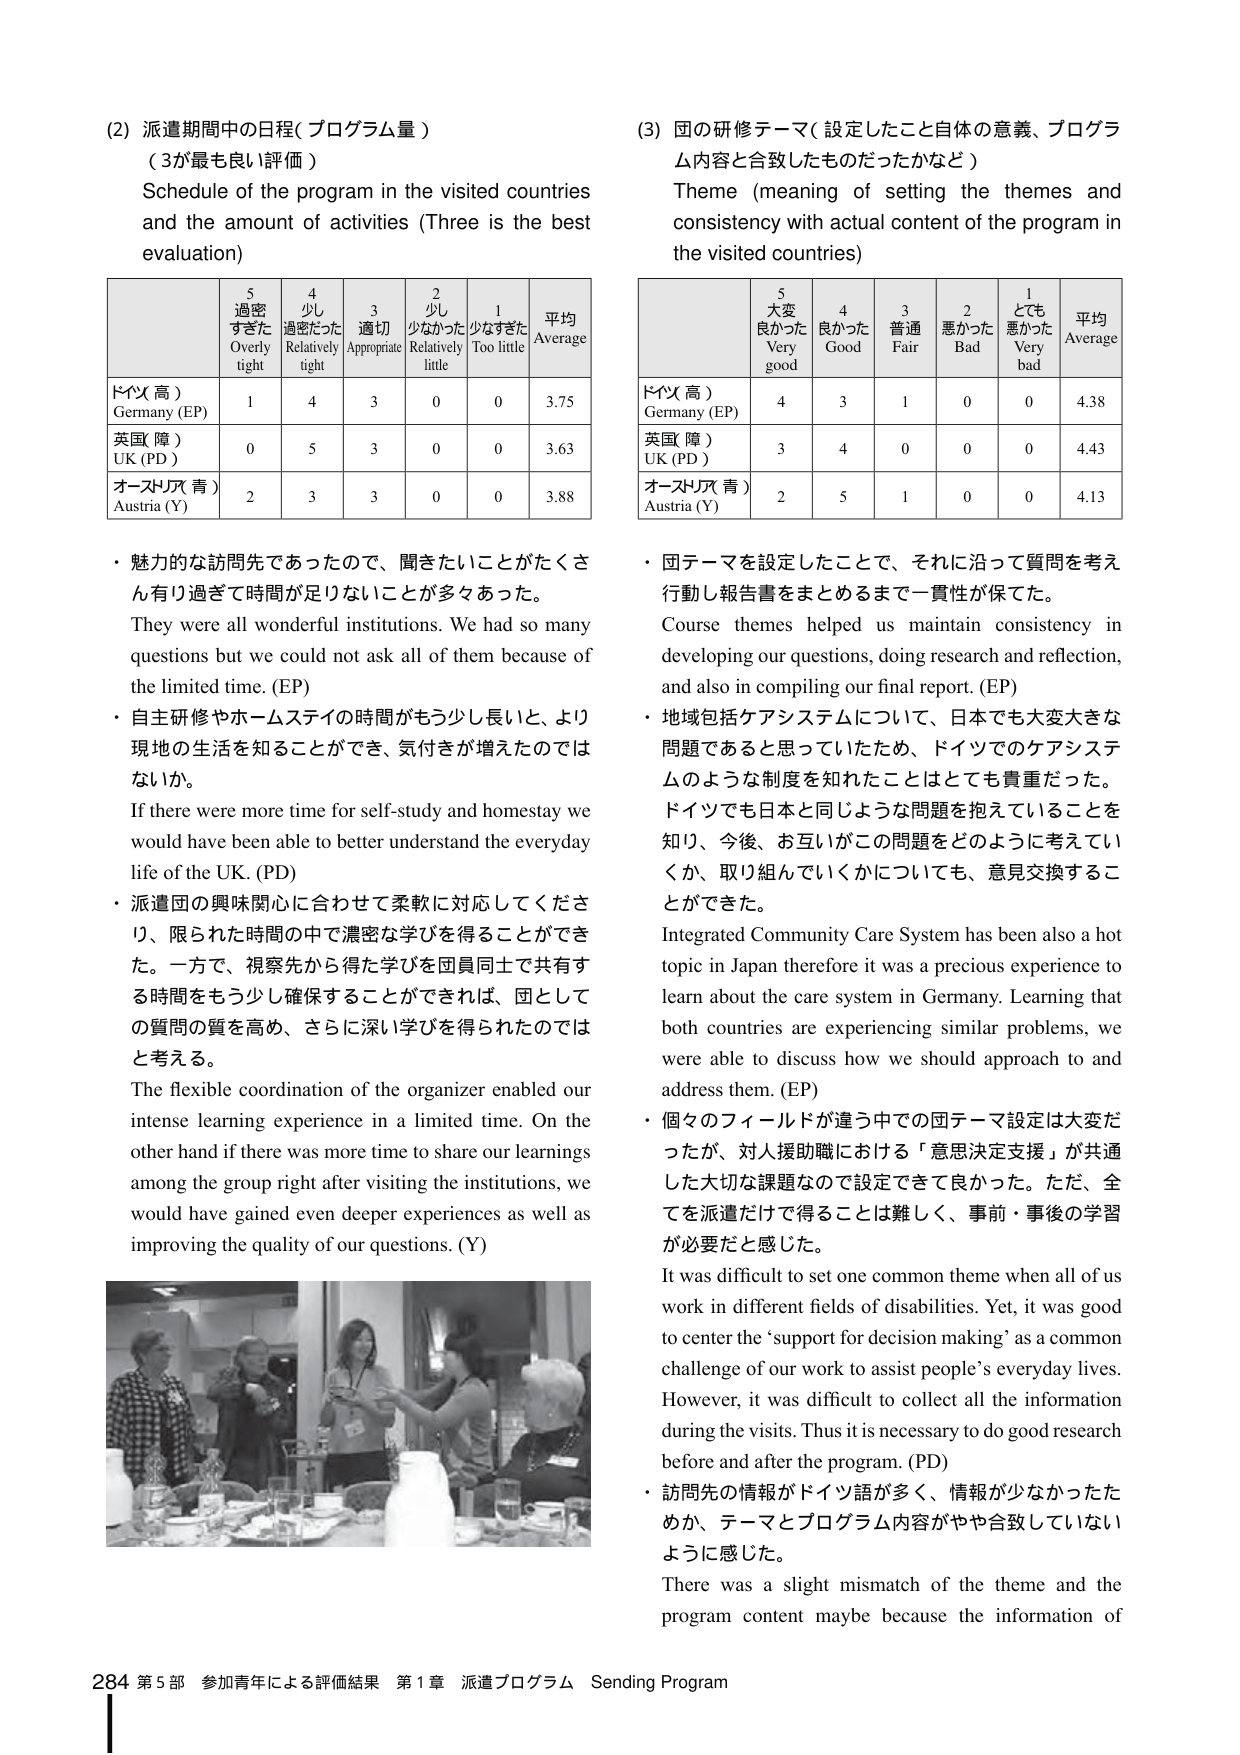
(2) 派遣期間中の日程（プログラム量）
（3が最も良い評価）
Schedule of the program in the visited countries and the amount of activities (Three is the best evaluation)

| | 5 過密すぎた Overly tight | 4 少し過密だった Relatively tight | 3 適切 Appropriate | 2 少なかった Relatively little | 1 少なすぎた Too little | 平均 Average |
|---|---|---|---|---|---|---|
| ドイツ（高） Germany (EP) | 1 | 4 | 3 | 0 | 0 | 3.75 |
| 英国（障） UK (PD) | 0 | 5 | 3 | 0 | 0 | 3.63 |
| オーストリア（青） Austria (Y) | 2 | 3 | 3 | 0 | 0 | 3.88 |

・魅力的な訪問先であったので、聞きたいことがたくさん有り過ぎて時間が足りないことが多々あった。
They were all wonderful institutions. We had so many questions but we could not ask all of them because of the limited time. (EP)

・自主研修やホームステイの時間がもう少し長いと、より現地の生活を知ることができ、気付きが増えたのではないか。
If there were more time for self-study and homestay we would have been able to better understand the everyday life of the UK. (PD)

・派遣団の興味関心に合わせて柔軟に対応してくださり、限られた時間の中で濃密な学びを得ることができた。一方で、視察先から得た学びを団員同士で共有する時間をもう少し確保することができれば、団としての質問の質を高め、さらに深い学びを得られたのではないかと考える。
The flexible coordination of the organizer enabled our intense learning experience in a limited time. On the other hand if there was more time to share our learnings among the group right after visiting the institutions, we would have gained even deeper experiences as well as improving the quality of our questions. (Y)

(3) 国の研修テーマ（設定したこと自体の意義、プログラム内容と合致したものだったかなど）
Theme (meaning of setting the themes and consistency with actual content of the program in the visited countries)

| | 5 大変良かった Very good | 4 良かった Good | 3 普通 Fair | 2 悪かった Bad | 1 とても悪かった Very bad | 平均 Average |
|---|---|---|---|---|---|---|
| ドイツ（高） Germany (EP) | 4 | 3 | 1 | 0 | 0 | 4.38 |
| 英国（障） UK (PD) | 3 | 4 | 0 | 0 | 0 | 4.43 |
| オーストリア（青） Austria (Y) | 2 | 5 | 1 | 0 | 0 | 4.13 |

・国テーマを設定したことで、それに沿って質問を考え行動し報告書をまとめるまで一貫性が保てた。
Course themes helped us maintain consistency in developing our questions, doing research and reflection, and also in compiling our final report. (EP)

・地域包括ケアシステムについて、日本でも大変大きな問題であると思っていたため、ドイツでのケアシステムのような制度を知れたことはとても貴重だった。ドイツでも日本と同じような問題を抱えていることを知り、今後、お互いがこの問題をどのように考えていか、取り組んでいくかについても、意見交換することができた。
Integrated Community Care System has been also a hot topic in Japan therefore it was a precious experience to learn about the care system in Germany. Learning that both countries are experiencing similar problems, we were able to discuss how we should approach to and address them. (EP)

・個々のフィールドが違う中での国テーマ設定は大変だったが、対人援助職における「意思決定支援」が共通した大切な課題なので設定できて良かった。ただ、全てを派遣だけで得ることは難しく、事前・事後の学習が必要だと感じた。
It was difficult to set one common theme when all of us work in different fields of disabilities. Yet, it was good to center the ‘support for decision making’ as a common challenge of our work to assist people’s everyday lives. However, it was difficult to collect all the information during the visits. Thus it is necessary to do good research before and after the program. (PD)

・訪問先の情報がドイツ語が多く、情報が少なかったためか、テーマとプログラム内容がやや合致していないように感じた。
There was a slight mismatch of the theme and the program content maybe because the information of

284 第5部 参加青年による評価結果 第1章 派遣プログラム Sending Program